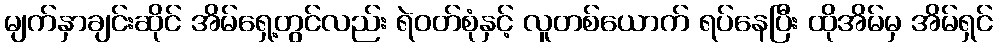
မျက်နှာချင်းဆိုင် အိမ်ရှေ့တွင်လည်း ရဲဝတ်စုံနှင့် လူတစ်ယောက် ရပ်နေပြီး ထိုအိမ်မှ အိမ်ရှင်